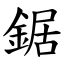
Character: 鋸